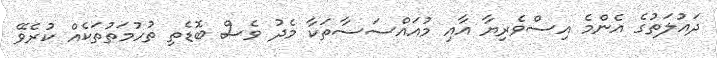
ދައުލަތުގެ އެންމެ އިސްވެރިޔާ އާއި މުއައްސަސާތަކާ މެދު ވެސް ބޮޑެތި ތުހުމަތުތަކެއް ކުރެވޭ